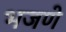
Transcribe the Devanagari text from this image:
भजणे